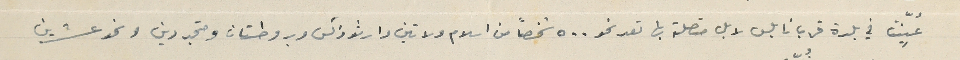
عُيِّنت في بلدة قرب نابلس لا بل متصلة بها تعد نحو ٥٠٠ شخصاً من اسلام ولاتين وارثوذكس وبروطستان ومتجردين ونحو عشرين